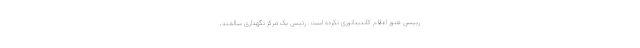
رییسی هنوز اعلام کاندیداتوری نکرده است. رئیس یک مرکز نگهداری سالمند،